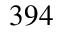
3 9 4